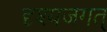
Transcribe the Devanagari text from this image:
दृश्यजगत्